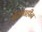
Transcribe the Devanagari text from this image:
प्रेरणाहीन